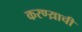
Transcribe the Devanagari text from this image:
करण्य़ाची